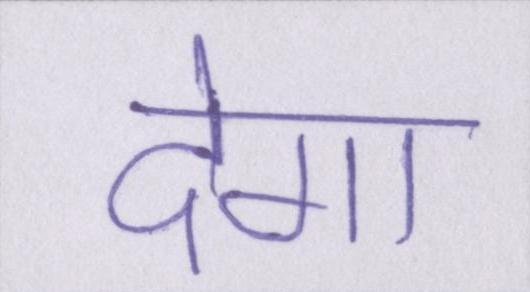
देगा